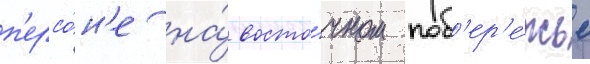
п'ерсо́н'е на́ восто́чном поб'ер'е́жье